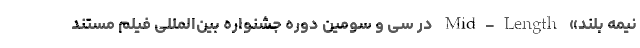
نیمه بلند» Mid-Length در سی و سومین دوره جشنواره بین‌المللی فیلم مستند